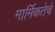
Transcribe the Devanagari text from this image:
मार्मिकतेचे